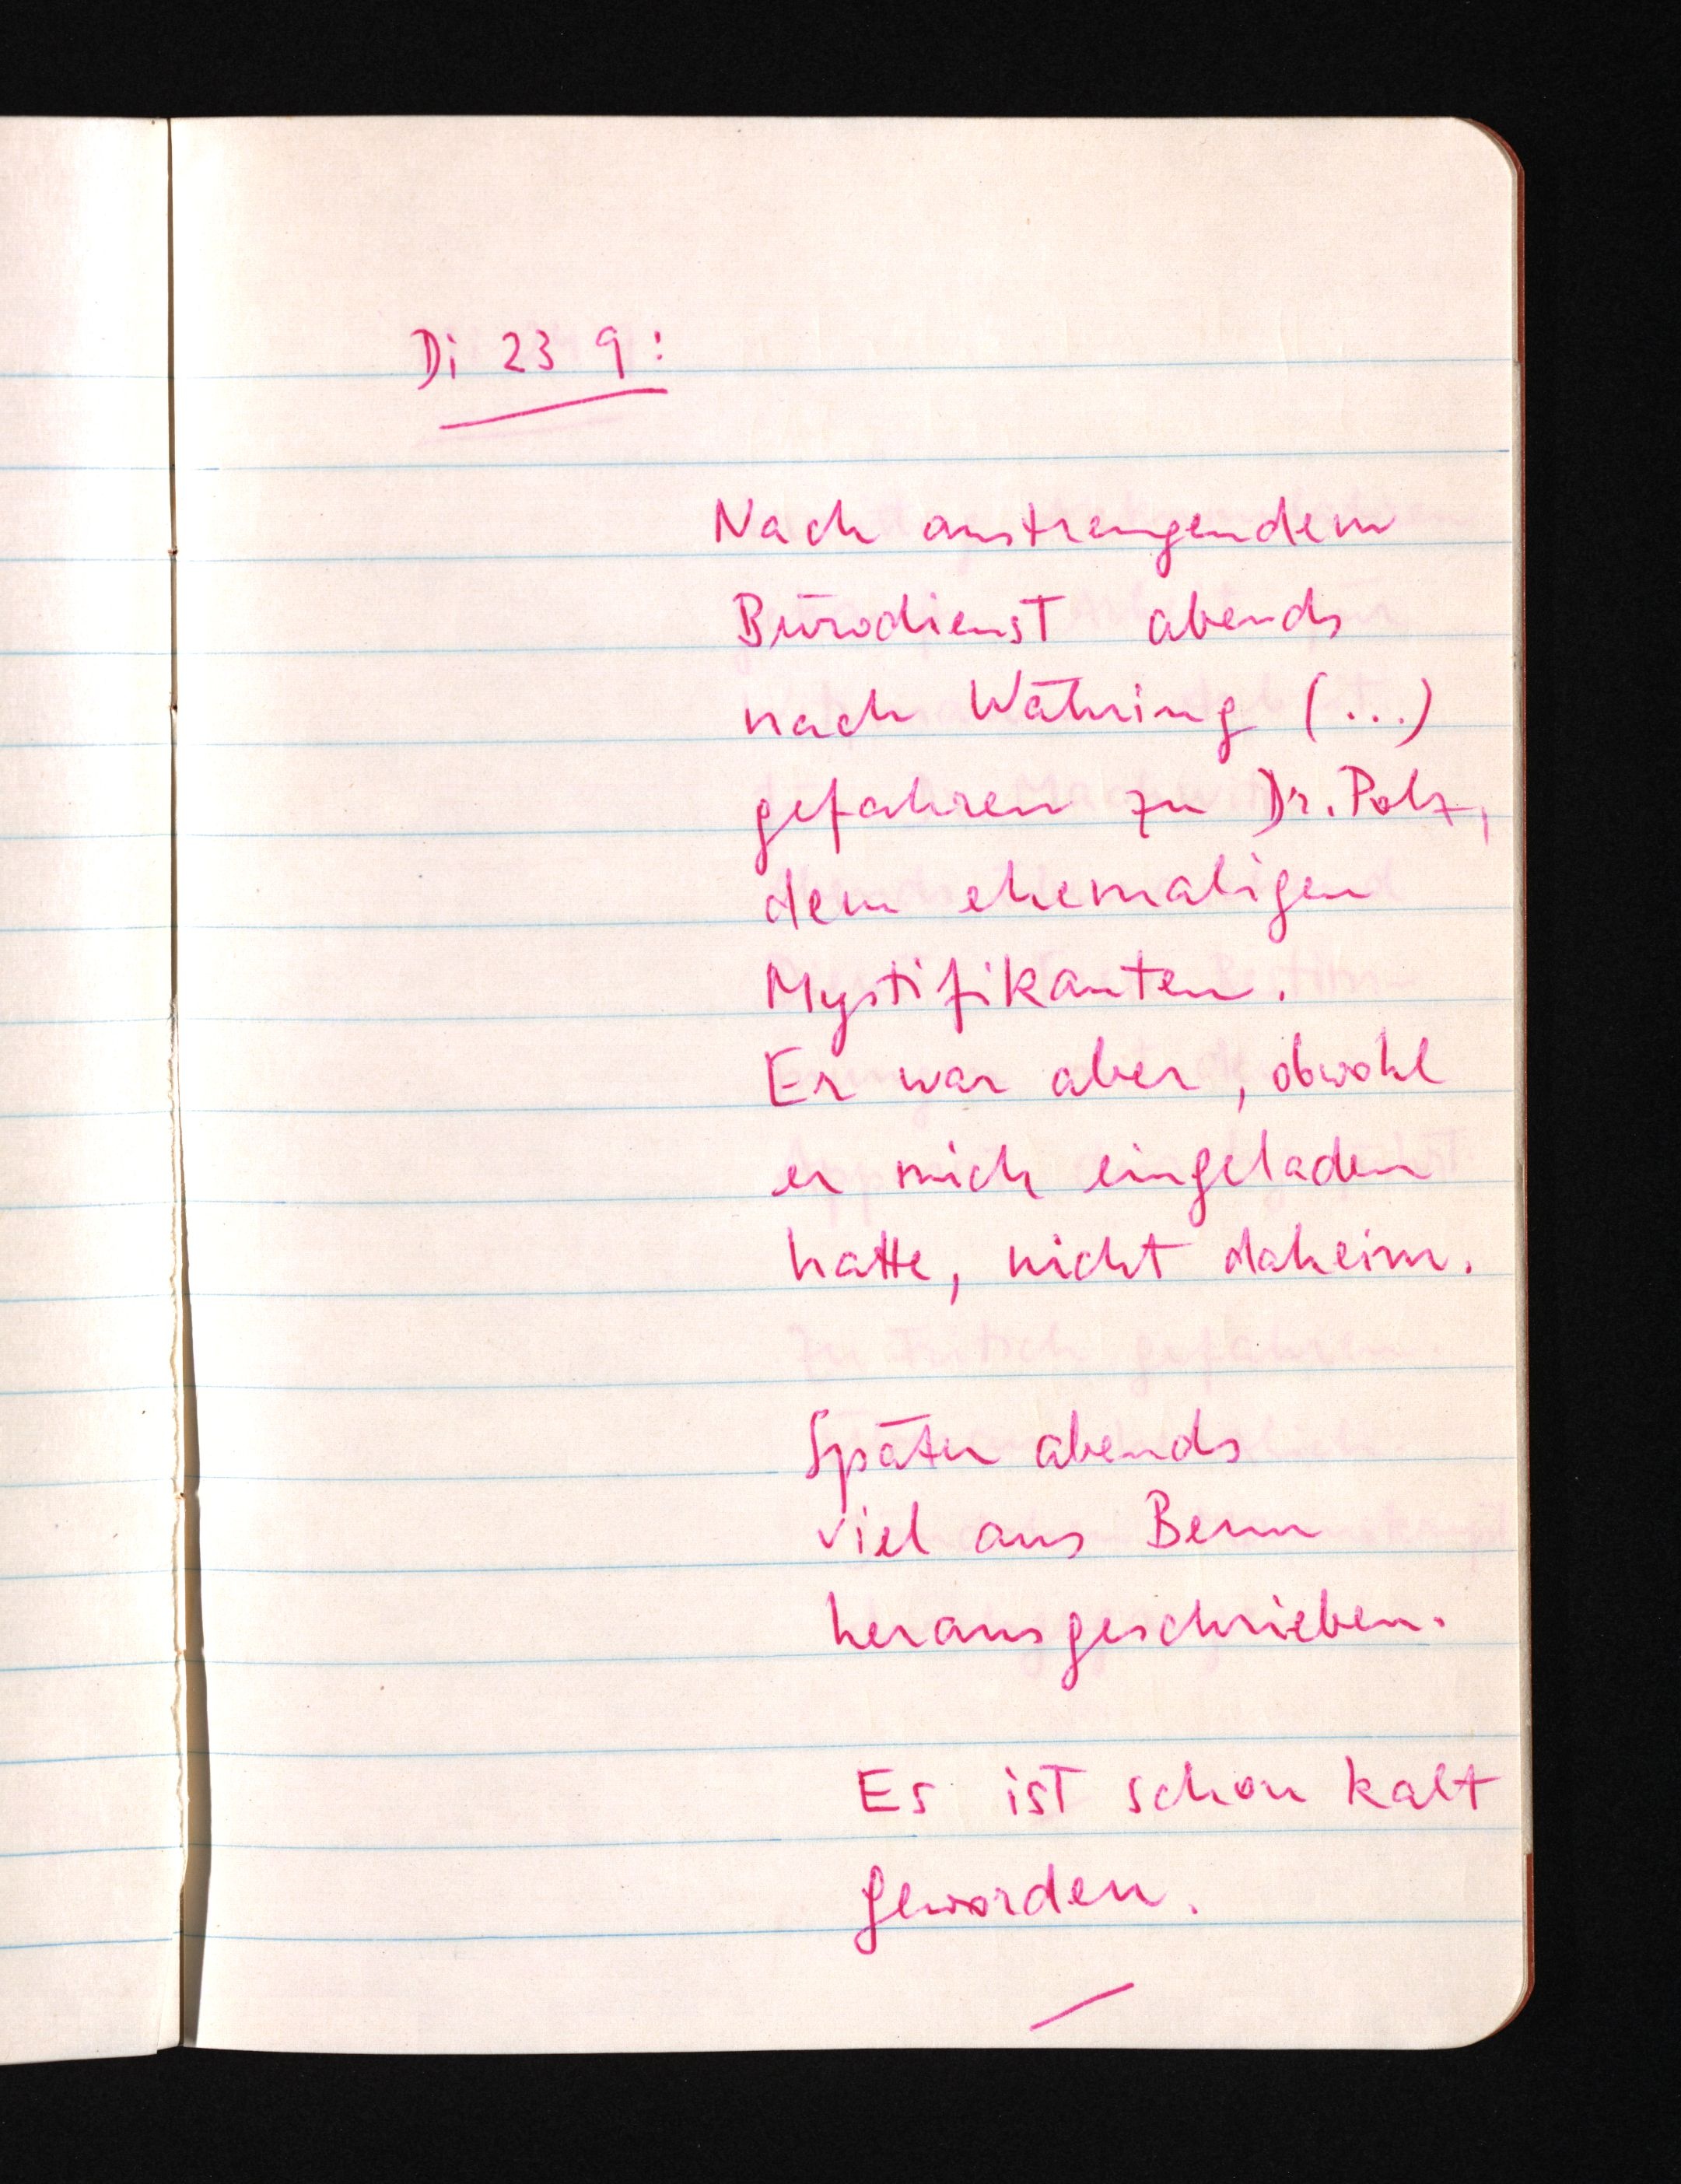
Di 23 9:
Nach anstrengendem
Bürodienst abends
nach Währing (...)
gefahren zu Dr. Polz,
dem ehemaligen
Mystifikanten.
Er war aber, obwohl
er mich eingeladen
hatte, nicht daheim.
Später abends
viel aus Benn
herausgeschrieben.
Es ist schon kalt
geworden.